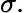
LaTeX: \sigma.